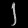
Digit: ၂